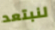
لنبتعد